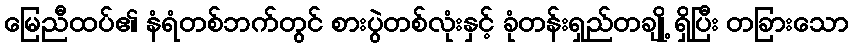
မြေညီထပ်၏ နံရံတစ်ဘက်တွင် စားပွဲတစ်လုံးနှင့် ခုံတန်းရှည်တချို့ ရှိပြီး တခြားသော